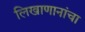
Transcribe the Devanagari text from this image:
लिखाणानांचा